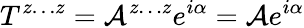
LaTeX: T^{z\ldots z}=\mathcal{A}^{z\ldots z}e^{i\alpha}=\mathcal{A}e^{i\alpha}